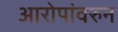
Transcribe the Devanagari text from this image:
आरोपांवरुन